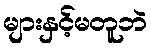
များနှင့်မတူဘဲ